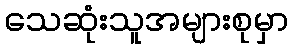
သေဆုံးသူအများစုမှာ